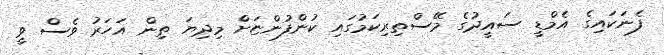
ފެނަކައިގެ އެމްޑީ ސައީދުގެ މޭސްތިރިކަމުގައި ކުންފުންޏަށް މިދިޔަ ތިން އަހަރު ވެސް ވީ